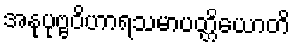
အနုပုဗ္ဗဝိဟာရသမာပတ္တိယောတိ